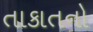
તાકાતનો